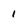
Character: I